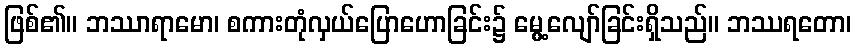
ဖြစ်၏။ ဘဿာရာမော၊ စကားတုံလှယ်ပြောဟောခြင်း၌ မွေ့လျော်ခြင်းရှိသည်။ ဘဿရတော၊